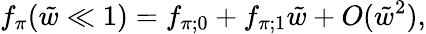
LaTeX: f_{\pi}(\tilde{w}\ll 1)=f_{\pi;0}+f_{\pi;1}\tilde{w}+O(\tilde{w}^{2}),